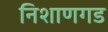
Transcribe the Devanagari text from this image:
निशाणगड